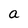
Character: a